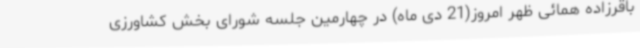
باقرزاده همائی ظهر امروز(21 دی ماه) در چهارمین جلسه شورای بخش کشاورزی